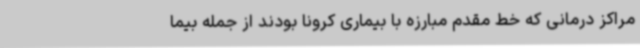
مراکز درمانی که خط مقدم مبارزه با بیماری کرونا بودند از جمله بیما